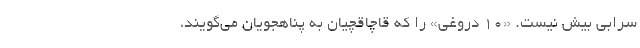
سرابی بیش نیست. «۱۰ دروغی» را که قاچاقچیان به پناهجویان می‌گویند،